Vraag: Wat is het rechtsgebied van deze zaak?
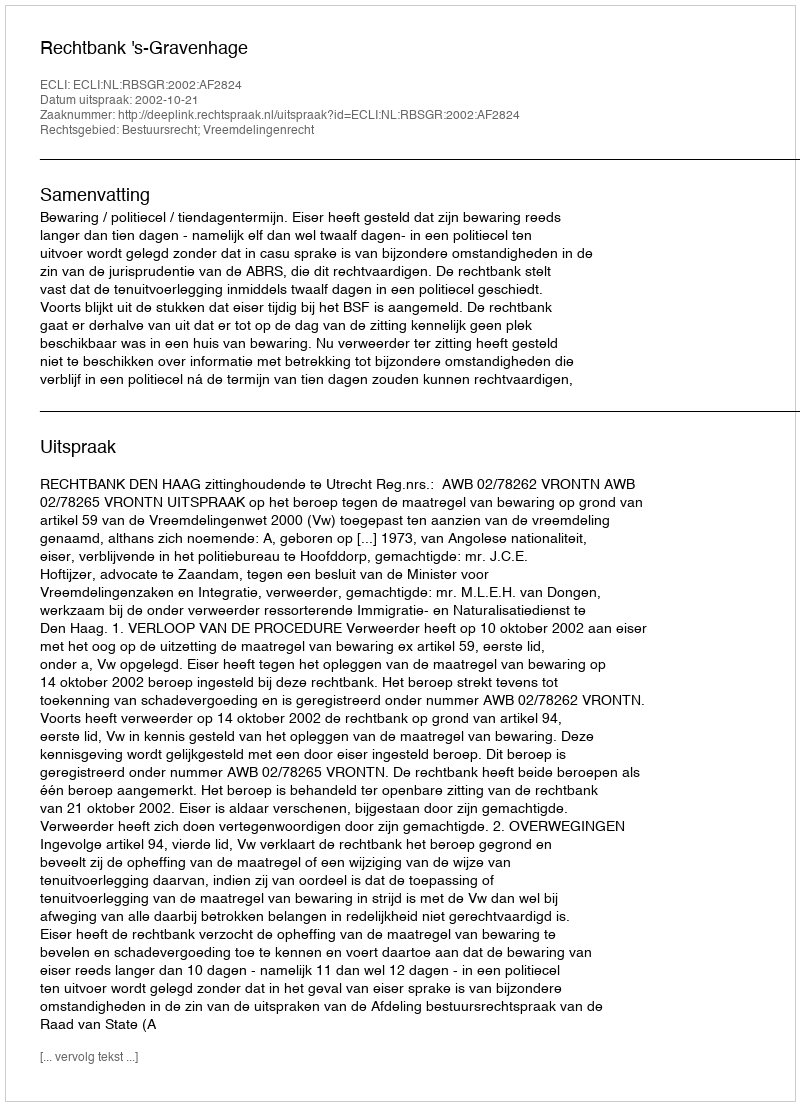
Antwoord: Bestuursrecht; Vreemdelingenrecht